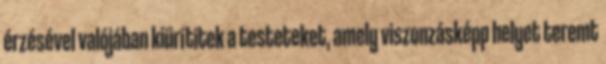
érzésével valójában kiürítitek a testeteket, amely viszonzásképp helyet teremt